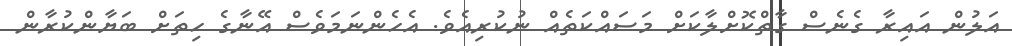
އަލުން އައިރާ ގެނެސް ގާތްކޮށްލާކަށް މަސައްކަތެއް ނުކުރިއެވެ. އެހެންނަމަވެސް އޭނާގެ ހިތަށް ބަޔާންކުރާން